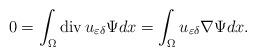
LaTeX: \begin{align*}0=\int_{\Omega}\operatorname{div}u_{\varepsilon\delta}\Psi dx=\int_{\Omega}u_{\varepsilon\delta}\nabla\Psi dx.\end{align*}